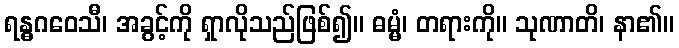
ရန္ဓဂဝေသီ၊ အခွင့်ကို ရှာလိုသည်ဖြစ်၍။ ဓမ္မံ၊ တရားကို။ သုဏာတိ၊ နာ၏။